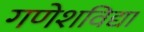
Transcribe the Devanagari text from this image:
गणेशविद्या